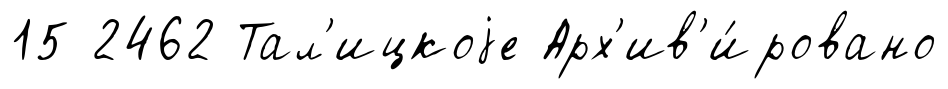
15 2462 Тал'ицкоjе Арх'ив'и́ровано